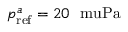
p _ { \mathrm { r e f } } ^ { a } = 2 0 ~ \mathrm { \ m u P a }